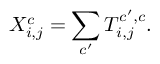
X _ { i , j } ^ { c } = \sum _ { c ^ { \prime } } T _ { i , j } ^ { c ^ { \prime } , c } .